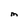
Character: m